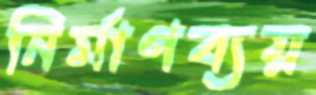
নির্মাণব্যয়